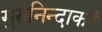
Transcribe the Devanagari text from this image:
गुरुनिन्दाकरं